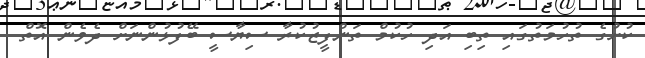
ކުށުގެ ތުހުމަތުގައި ތިބި އަދި ހުކުމް ތަންފީޒުކުރާ ސިޔާސީ ބޭފުޅުންނަށް ދެވެން އޮތް